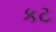
કટ